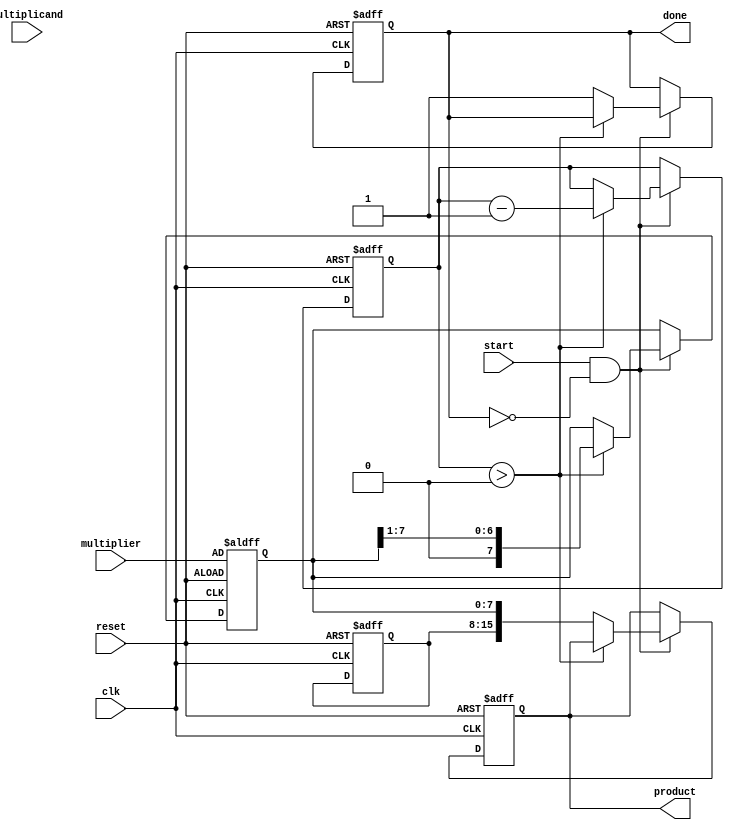
module booth_multiplier #(parameter N = 8) (
    input wire [N-1:0] multiplicand,
    input wire [N-1:0] multiplier,
    input wire start,
    input wire clk,
    input wire reset,
    output reg [2*N-1:0] product,
    output reg done
);

    reg [N-1:0] A;         // Accumulator
    reg [N-1:0] Q;         // Multiplier
    reg Q_1;               // Previous LSB of Q
    reg [N-1:0] M;         // Negated multiplicand
    reg [3:0] count;       // Counter for iterations
    reg [2*N-1:0] temp;    // Temporary register for shifting

    // Negate the multiplicand
    always @(*) begin
        M = ~multiplicand + 1;
    end

    // State machine for Booth's algorithm
    always @(posedge clk or posedge reset) begin
        if (reset) begin
            A <= 0;
            Q <= multiplier;
            Q_1 <= 0;
            count <= N;
            product <= 0;
            done <= 0;
        end else if (start && !done) begin
            if (count > 0) begin
                // Check the last bits of Q and Q_1
                case ({Q[0], Q_1})
                    2'b01: A <= A + M;  // Add M
                    2'b10: A <= A - M;  // Subtract M
                    2'b00: A <= A;      // Do nothing
                    2'b11: A <= A;      // Do nothing
                endcase

                // Arithmetic right shift
                temp = {A, Q}; // Combine A and Q
                A <= {A[N-1], temp[2*N-1:N]}; // Shift A with sign extension
                Q <= temp[N-1:0] >> 1; // Shift Q

                // Update Q_1
                Q_1 <= temp[0];

                // Decrement the count
                count <= count - 1;
            end else begin
                // Multiplication complete
                product <= {A, Q}; // Combine A and Q for final product
                done <= 1;         // Set done signal
            end
        end
    end
endmodule